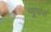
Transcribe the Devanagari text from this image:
प्यूचर्स